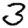
Digit: 3